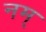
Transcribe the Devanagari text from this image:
नम्‌